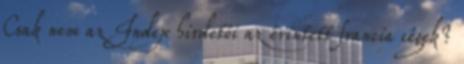
Csak nem az Index hirdetői az érintett francia cégek?